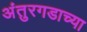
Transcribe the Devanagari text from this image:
अंतुरगडाच्या